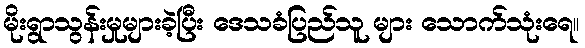
မိုးရွာသွန်းမှုများခဲ့ပြီး ဒေသခံပြည်သူ များ သောက်သုံးရေ။